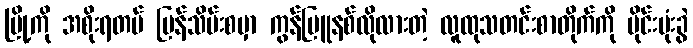
မြို့ကို အစိုးရတပ် ပြန်သိမ်းစမှာ ကွန်မြူနစ်လိုလားတဲ့ လူထုသတင်းစာတိုက်ကို မိုင်းဗုံးခွဲ